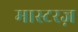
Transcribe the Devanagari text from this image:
मास्टरज़